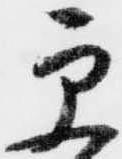
更